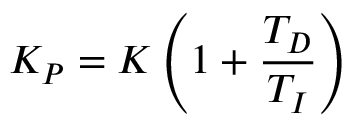
K _ { P } = K \left( 1 + { \frac { T _ { D } } { T _ { I } } } \right)